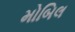
મોબિલ